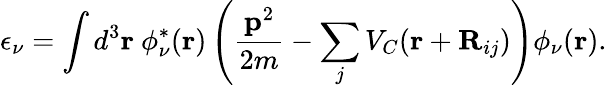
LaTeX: \epsilon_{\nu}=\int d^{3}{\mathbf r}~\phi_{\nu}^{\ast}({\mathbf r})\left(\frac{{\mathbf p}^{2}}{2m}-\sum_{j}V_{C}({\mathbf r}+{\mathbf R}_{ij})\right)\phi_{\nu}({\mathbf r}).